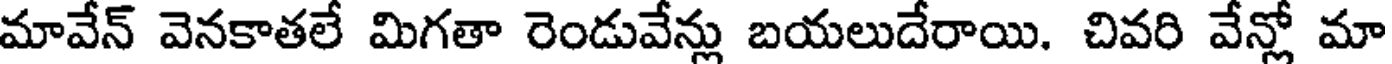
మావేన్ వెనకాతలే మిగతా రెండువేన్లు బయలుదేరాయి. చివరి వేన్లో మా